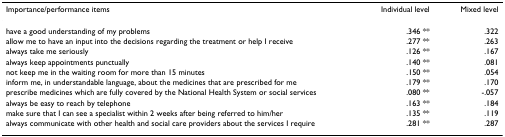
<table><thead><tr><td><b>Importance/performance items</b></td><td><b>Individual level</b></td><td><b>Mixed level</b></td></tr></thead><tbody><tr><td>have a good understanding of my problems</td><td>.346 **</td><td>.322</td></tr><tr><td>allow me to have an input into the decisions regarding the treatment or help I receive</td><td>.277 **</td><td>.263</td></tr><tr><td>always take me seriously</td><td>.126 **</td><td>.167</td></tr><tr><td>always keep appointments punctually</td><td>.140 **</td><td>.081</td></tr><tr><td>not keep me in the waiting room for more than 15 minutes</td><td>.150 **</td><td>.054</td></tr><tr><td>inform me, in understandable language, about the medicines that are prescribed for me</td><td>.179 **</td><td>.170</td></tr><tr><td>prescribe medicines which are fully covered by the National Health System or social services</td><td>.080 **</td><td>-.057</td></tr><tr><td>always be easy to reach by telephone</td><td>.163 **</td><td>.184</td></tr><tr><td>make sure that I can see a specialist within 2 weeks after being referred to him/her</td><td>.135 **</td><td>.119</td></tr><tr><td>always communicate with other health and social care providers about the services I require</td><td>.281 **</td><td>.287</td></tr></tbody></table>